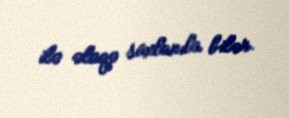
ilə əlaqə saxlanıla bilər.